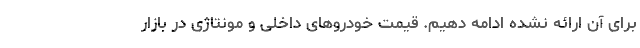
برای آن ارائه نشده ادامه دهیم. قیمت خودروهای داخلی و مونتاژی در بازار